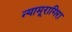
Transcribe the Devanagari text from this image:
न्यामूरागिरा